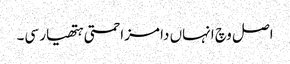
اصل وچ انہاں دا مزاحمتی ہتھیار سی۔